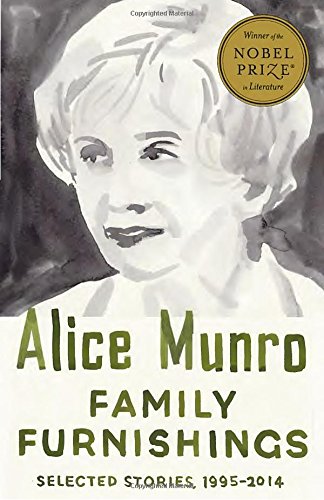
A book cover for Family Furnishings: Selected Stories, 1995-2014 (Vintage International); Alice Munro; Literature & Fiction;